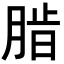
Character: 𬛄